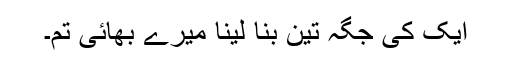
ایک کی جگہ تین بنا لینا میرے بھائی تم۔